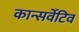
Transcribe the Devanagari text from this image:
कान्सर्वेटिव